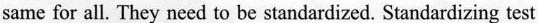
same for all. They need to be standardized. Standardizing test